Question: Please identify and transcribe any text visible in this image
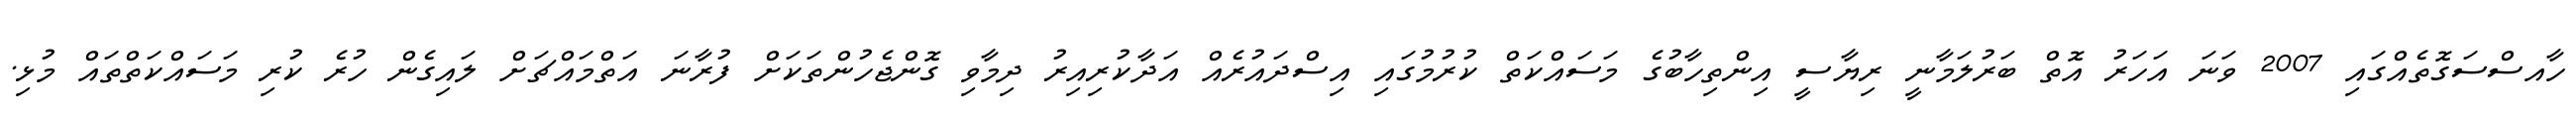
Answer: ހާއސްސަގޮތެއްގައި 2007 ވަނަ އަހަރު އޮތް ބަރުލަމާނީ ރިޔާސީ އިންތިހާބުގެ މަސައްކަތް ކުރުމުގައި އިސްދައުރެއް އަދާކުރިއިރު ދިމާވި ގޮންޖެހުންތަކަށް ފުރާނަ އަތްމައްޗަށް ލައިގެން ހުރެ ކުރި މަސައްކަތްތައް މުޅި.